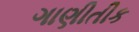
ગાણીતીક